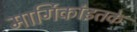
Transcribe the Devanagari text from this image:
मार्गिकांइतके